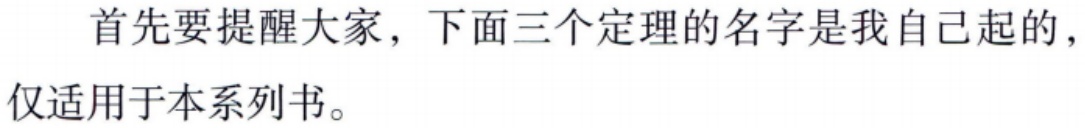
首先要提醒大家，下面三个定理的名字是我自己起的，仅适用于本系列书。